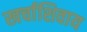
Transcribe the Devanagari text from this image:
खर्चाशिवाय